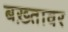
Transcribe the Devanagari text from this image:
बख़्तावर